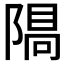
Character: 𨻠